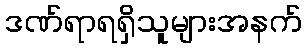
ဒဏ်ရာရရှိသူများအနက်